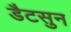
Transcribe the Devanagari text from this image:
डैटसुन